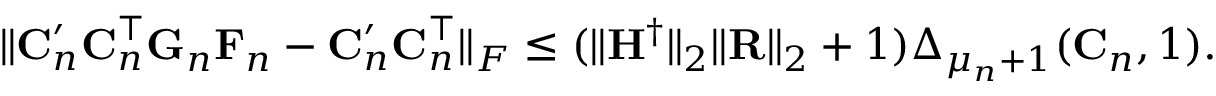
\begin{array} { r l } & { \| \mathbf { C } _ { n } ^ { \prime } \mathbf { C } _ { n } ^ { \top } \mathbf { G } _ { n } \mathbf { F } _ { n } - \mathbf { C } _ { n } ^ { \prime } \mathbf { C } _ { n } ^ { \top } \| _ { F } \leq ( \| \mathbf { H } ^ { \dag } \| _ { 2 } \| \mathbf { R } \| _ { 2 } + 1 ) \Delta _ { \mu _ { n } + 1 } ( \mathbf { C } _ { n } , 1 ) . } \end{array}